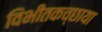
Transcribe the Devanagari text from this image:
विभीतकच्छाया